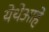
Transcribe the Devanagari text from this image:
येथेआहे